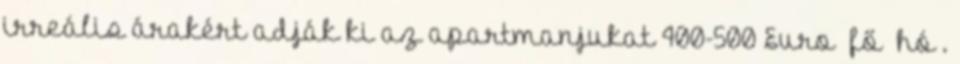
irreális árakért adják ki az apartmanjukat 400-500 Euro fő hó .